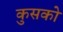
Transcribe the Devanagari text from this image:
कुसको